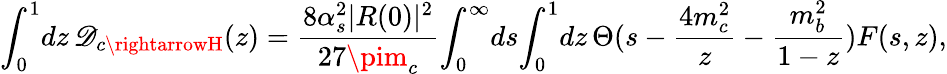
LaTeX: \int_{0}^{1}\! dz\, \mathscr{D}_{c\rightarrowH}(z)=\frac{{8\alpha_{s}^{2}|R(0)|^{2}}}{{27\pim_{c}}}\! \int_{0}^{\infty}\! ds\! \int_{0}^{1}\! dz\, \Theta(s-\frac{{4m_{c}^{2}}}{{z}}-\frac{{m_{b}^{2}}}{{1-z}})F(s,z),